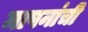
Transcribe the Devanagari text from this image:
मापनांची